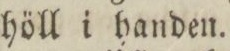
höll i handen.